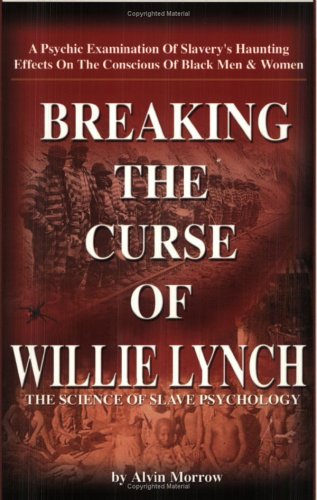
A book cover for Breaking the Curse of Willie Lynch: The Science Of Slave Psychology; Alvin Morrow; Health, Fitness & Dieting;